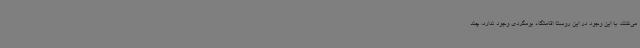
می‌کنند، با این وجود در این روستا اقامتگاه بومگردی وجود ندارد، چند